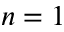
n = 1